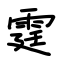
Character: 霆